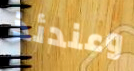
وعندئذ